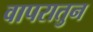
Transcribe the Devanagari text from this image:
वापरातुन